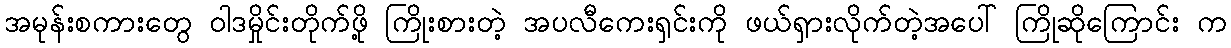
အမုန်းစကားတွေ ဝါဒမှိုင်းတိုက်ဖို့ ကြိုးစားတဲ့ အပလီကေးရှင်းကို ဖယ်ရှားလိုက်တဲ့အပေါ် ကြိုဆိုကြောင်း က